Vaccination in Burma 1920-1933 - 1920-1933
Year: 1920
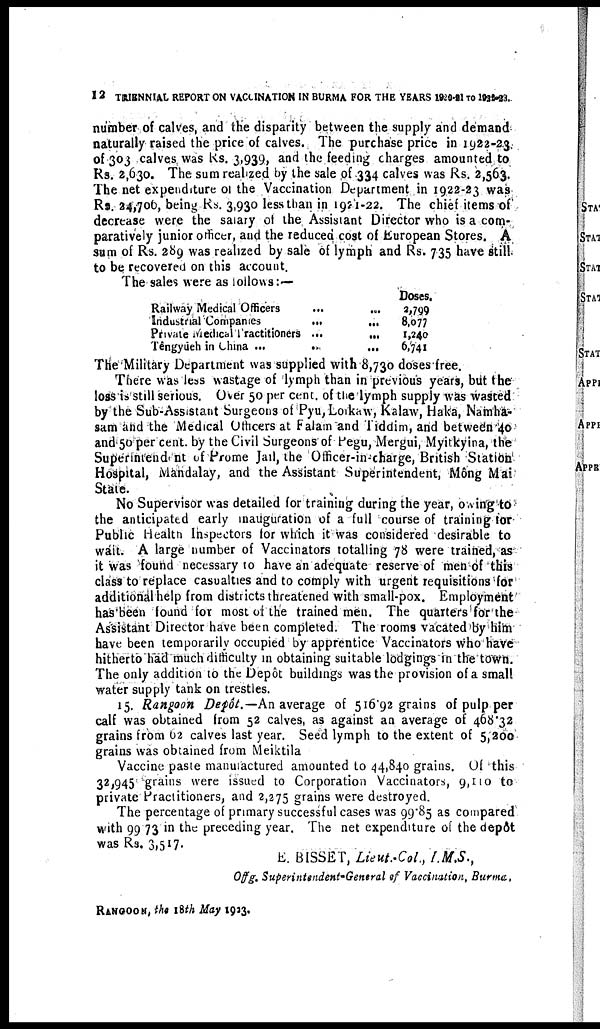
12 TRIENNIAL REPORT ON VACCINATION IN BURMA FOR THE YEARS 1920-21 TO 1922-23.
number of calves, and the disparity between the supply and demand
naturally raised the price of calves. The purchase price in 1922-23
of 303 calves was Rs. 3,939, and the feeding charges amounted to
Rs. 2,630. The sum realized by the sale of 334 calves was Rs. 2,563.
The net expenditure of the Vaccination Department in 1922-23 was
Rs. 24,706, being Rs. 3,930 less than in 1921-22. The chief items of
decrease were the salary of the Assistant Director who is a com-
paratively junior officer, and the reduced cost of European Stores. A
sum of Rs. 289 was realized by sale of lymph and Rs. 735 have still
to be recovered on this account.
The sales were as follows:—
Railway Medical Officers ... ...
Industrial Companies
...
...
Private Medical Tractitioners ...
...
Têngyueh in China ...
...
...
Doses.
2,799
8,077
1,240
6,741
The Military Department was supplied with 8,730 doses free.
There was less wastage of lymph than in previous years, but the
loss is still serious. Over 50 per cent. of the lymph supply was wasted
by the Sub-Assistant Surgeons of Pyu,Loikaw, Kalaw, Haka, Namha-
sam and the Medical Officers at Falam and Tiddim, and between 40
and 50 per cent. by the Civil Surgeons of Pegu, Mergui, Myitlcyina, the
Superintendent of Prome Jail, the Officer-in-charge, British Station
Hospital, Mandalay, and the Assistant Superintendent, Mông Mai
State.
No Supervisor was detailed for training during the year, owing to
the anticipated early inauguration of a full course of training for
Public Health Inspectors for which it was considered desirable to
wait. A large number of Vaccinators totalling 78 were trained, as
it was found necessary to have an adequate reserve of men of this
class to replace casualties and to comply with urgent requisitions for
additional help from districts threatened with small-pox. Employment
has been found for most of the trained men. The quarters for the
Assistant Director have been completed. The rooms vacated by him
have been temporarily occupied by apprentice Vaccinators who have
hitherto had much difficulty in obtaining suitable lodgings in the town.
The only addition to the Depôt buildings was the provision of a small
water supply tank on trestles.
15. Rangoon Depôt.— An average of 516.92 grains of pulp per
calf was obtained from 52 calves, as against an average of 468.32
grains from 62 calves last year. Seed lymph to the extent of 5,200
grains was obtained from Meiktila
Vaccine paste manufactured amounted to 44,840 grains. Of this
32,945 grains were issued to Corporation Vaccinators, 9,110 to
private Practitioners, and 2,275 grains were destroyed.
The percentage of primary successful cases was 99.85 as compared
with 99.73 in the preceding year. The net expenditure of the depôt
was Rs. 3,517.
E. BISSET, Lieut.-Col., I.M.S.,
Offg. Superintendent-General oƒ Vaccination, Burma.
RANGOON, the 18th May
1923.